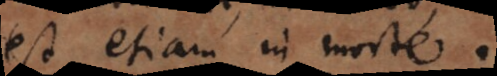
est, etiam in morte.